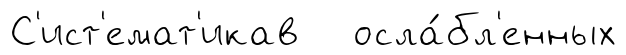
С'ист'емат'икав осла́бл'енных